65_HS1-834228961_62-HQ-83894_Section_1
Agency: FBI
Page 91
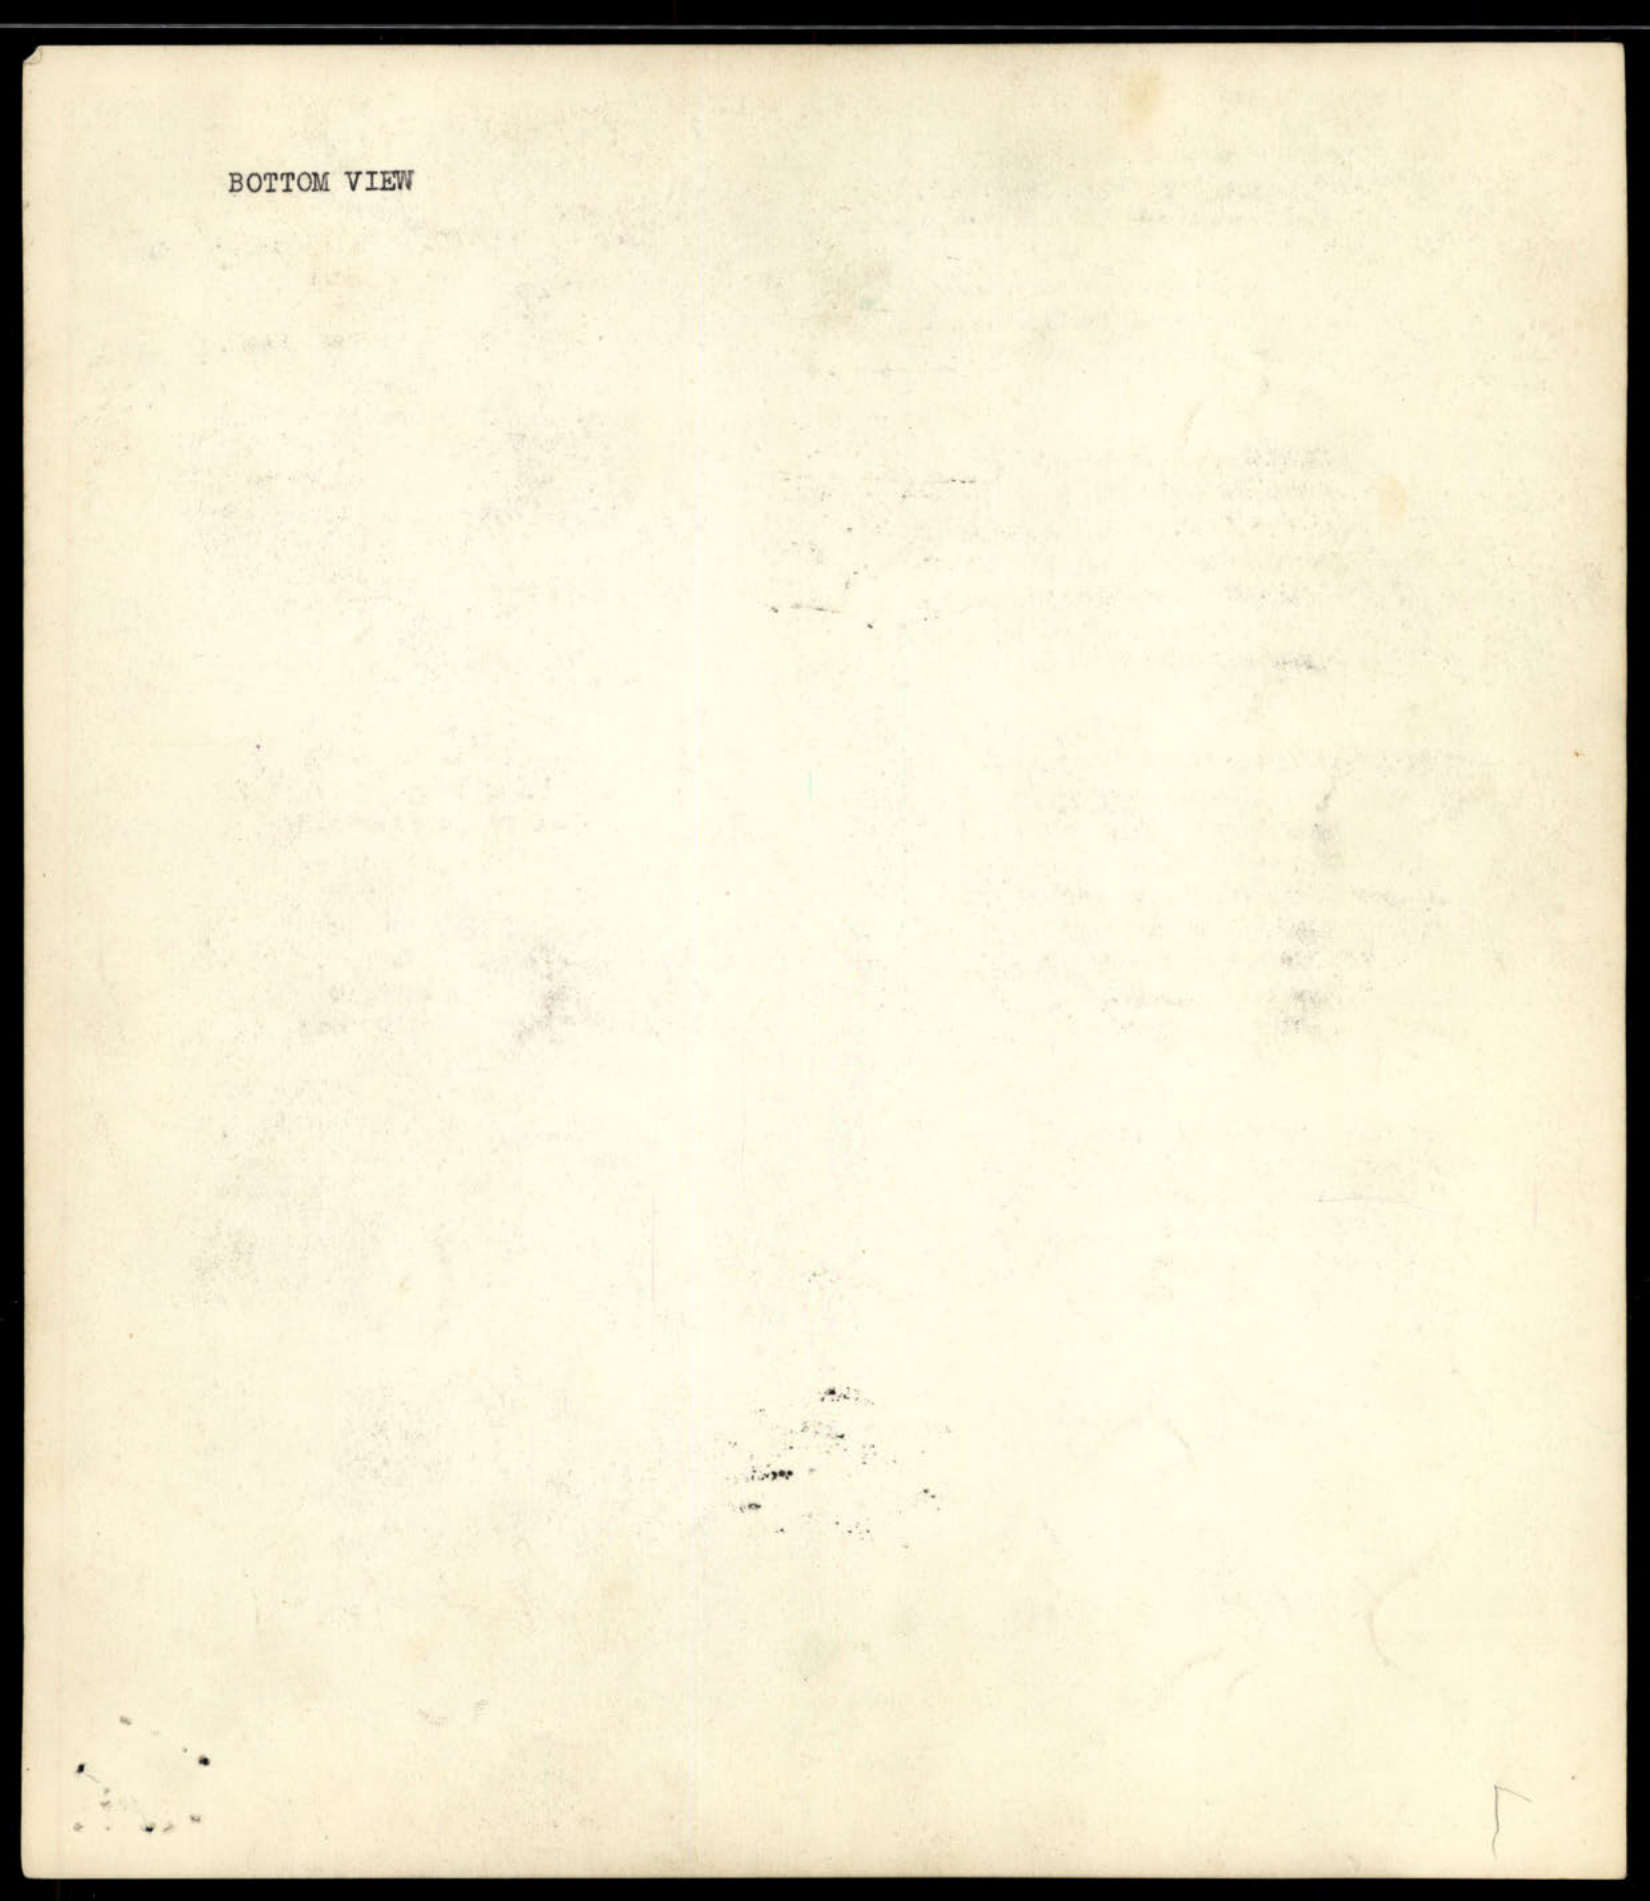